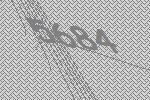
5684